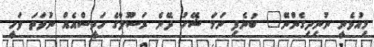
މިއުޅެނީ ނުނިދިގެންނޭ" ބުނެފި ނަމަ ޝޭހު ދޭނެ ރަސޫލާގެ ހަދީސްއެއް ނުވަތަ ވަހީ